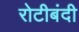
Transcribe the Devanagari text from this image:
रोटीबंदी